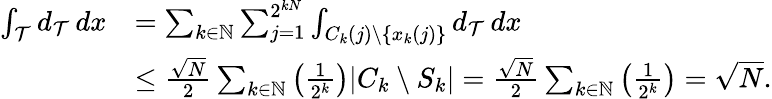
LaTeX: \begin{array}{rl}{\int_{\mathcal{T}}d_{\mathcal{T}}\, dx}&{=\sum_{k\in\mathbb{N}}\sum_{j=1}^{2^{kN}}\int_{C_{k}(j)\setminus\{ x_{k}(j)\} }d_{\mathcal{T}}\, dx}\\ &{\le\frac{\sqrt{N}}{2}\sum_{k\in\mathbb{N}}\left(\frac{1}{2^{k}}\right)|C_{k}\setminus S_{k}|=\frac{\sqrt{N}}{2}\sum_{k\in\mathbb{N}}\left(\frac{1}{2^{k}}\right)=\sqrt{N}.}\end{array}